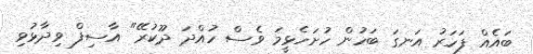
ބައެއް ފަހަރު އަނގަ ބަހުން ހުށަހެޅީމަ ވެސް ހުއްދަ ދޫކުރޭ" އާސިފް ވިދާޅުވި